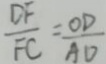
\frac { D F } { F C } = \frac { O D } { A D }